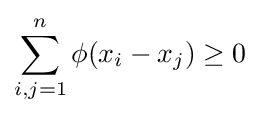
\sum _{i,j=1}^{n}\phi (x_{i}-x_{j})\geq 0